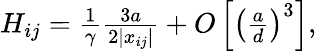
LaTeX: \begin{array}{r}{H_{ij}=\frac{1}{\gamma}\frac{3a}{2|x_{ij}|}+O\left[\left(\frac{a}{d}\right)^{3}\right],}\end{array}